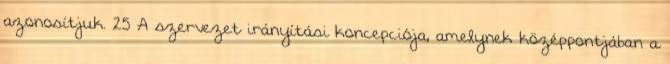
azonosítjuk. 25 A szervezet irányítási koncepciója, amelynek középpontjában a